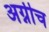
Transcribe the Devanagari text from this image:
अग्नीच